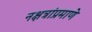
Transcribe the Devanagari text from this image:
नक्षत्रांप्रमाणे